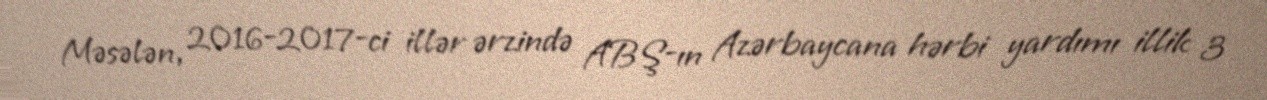
Məsələn, 2016-2017-ci illər ərzində ABŞ-ın Azərbaycana hərbi yardımı illik 3